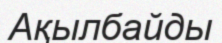
Ақылбайды